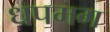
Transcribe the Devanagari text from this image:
धपमग